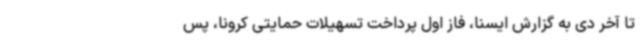
تا آخر دی به گزارش ایسنا، فاز اول پرداخت تسهیلات حمایتی کرونا، پس